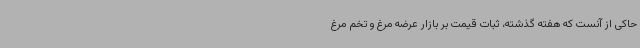
حاکی از آنست که هفته گذشته، ثبات قیمت بر بازار عرضه مرغ و تخم مرغ